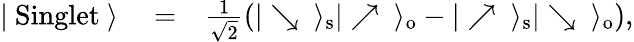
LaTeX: \begin{array}{rlr}{|\ \mathrm{Singlet}\ \rangle}&{{}=}&{\frac{1}{\sqrt{2}}\left(|\searrow\ \rangle_{\mathrm{s}}|\nearrow\ \rangle_{\mathrm{o}}-|\nearrow\ \rangle_{\mathrm{s}}|\searrow\ \rangle_{\mathrm{o}}\right),}\end{array}